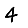
Digit: 4